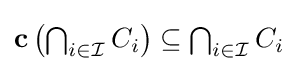
{\textstyle \mathbf {c} \left(\bigcap _{i\in {\mathcal {I}}}C_{i}\right)\subseteq \bigcap _{i\in {\mathcal {I}}}C_{i}}